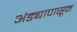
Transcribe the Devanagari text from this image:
अंड्यापासून